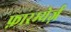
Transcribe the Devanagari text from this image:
फ़ारम्येर्ज़